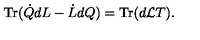
\mathrm { T r } ( \dot { Q } d L - \dot { L } d Q ) = \mathrm { T r } ( d { \cal L } T ) .